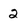
Character: 2